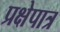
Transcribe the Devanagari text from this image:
प्रक्षेपात्र